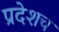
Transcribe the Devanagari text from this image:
प्रदेशच